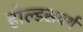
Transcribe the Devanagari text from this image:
होल्डसवर्थ